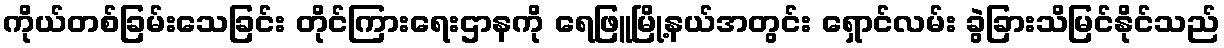
ကိုယ်တစ်ခြမ်းသေခြင်း တိုင်ကြားရေးဌာနကို ရေဖြူမြို့နယ်အတွင်း ရှောင်လမ်း ခွဲခြားသိမြင်နိုင်သည်